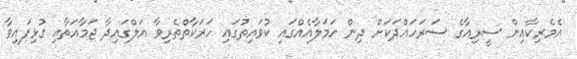
އެމެރިކާއިން ސީރިއާގެ ސަރަހައްދަކަށް ދިން ހަމަލާއެއްގައި ކުވައިތުގައި ހަރަކާތްތެރިވާ އަލްގައިދާ ޖަމާއަތާއި ގުޅިފައިވާ